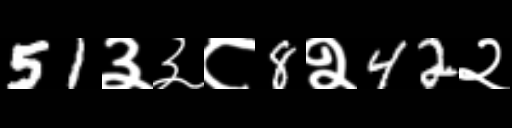
Text: 51३३८8२42२